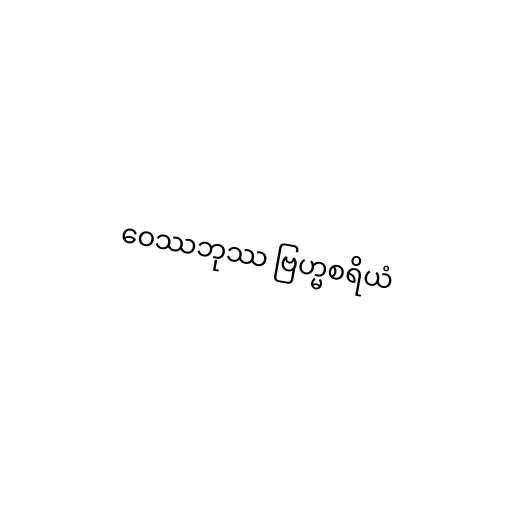
ဝေဿဘုဿ ဗြဟ္မစရိယံ